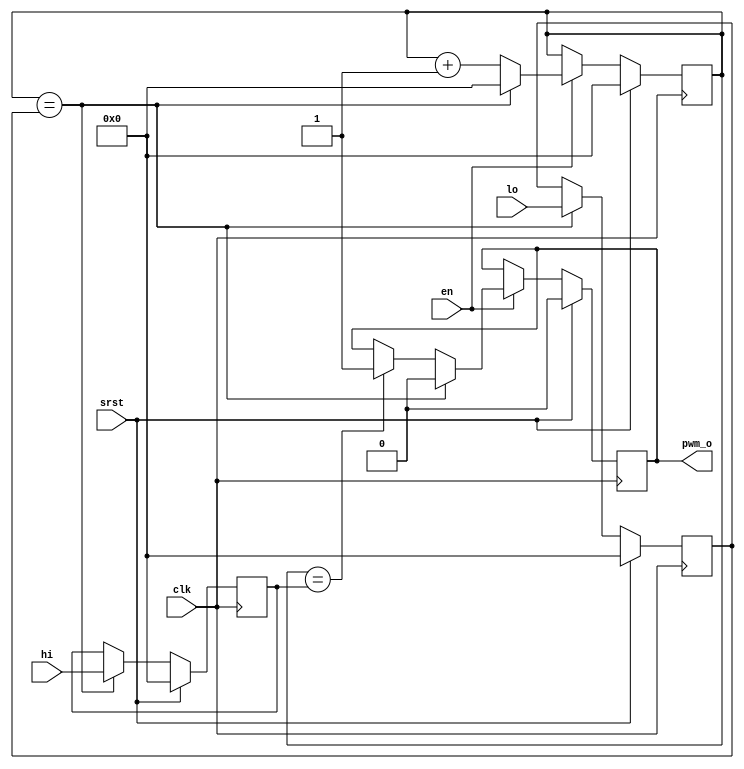
//
// Module: pwm
//
// Pulse width modulation
//
// The pwm_o output asserts when the internal counter 
// matches the hi input value and deasserts when it
// matches the lo input value, restarting a cycle.
//
`timescale 1ns / 1ps

module pwm # (
  parameter CNT_WIDTH = 8
) (
  input  wire                 clk,
  input  wire                 srst,
  input  wire                 en,
  input  wire [CNT_WIDTH-1:0] hi,
  input  wire [CNT_WIDTH-1:0] lo,
  output wire                 pwm_o
  );

  reg [CNT_WIDTH-1:0] cnt;
  reg [CNT_WIDTH-1:0] hi_l;
  reg [CNT_WIDTH-1:0] lo_l;
  wire                set_pwm;
  wire                clr_pwm;
  reg                 pwm;

  always @(posedge clk)
  begin
    if (srst) begin
      cnt <= {CNT_WIDTH{1'b0}};
    end else if (en) begin
      if (clr_pwm) begin
        cnt <= {CNT_WIDTH{1'b0}};
      end else begin
        cnt <= cnt + 1;
      end
    end
  end

  always @(posedge clk)
  begin
    if (srst) begin
      hi_l <= {CNT_WIDTH{1'b0}};
      lo_l <= {CNT_WIDTH{1'b0}};
    end else if (clr_pwm) begin
      hi_l <= hi;
      lo_l <= lo;
    end
  end

  assign set_pwm = cnt == hi_l;
  assign clr_pwm = cnt == lo_l;

  always @(posedge clk)
  begin
    if (srst)
      pwm <= 1'b0;
    else if (en) begin
      if (clr_pwm)
        pwm <= 1'b0;
      else if (set_pwm)
        pwm <= 1'b1;
    end
  end

  assign pwm_o = pwm;

endmodule